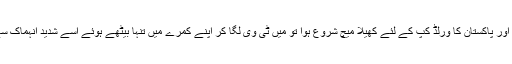
ہوا یہ کہ اتوار کی دوپہر بھارت اور پاکستان کا ورلڈ کپ کے لئے کھیلا میچ شروع ہوا تو میں ٹی وی لگا کر اپنے کمرے میں تنہا بیٹھے ہوئے اسے شدید انہماک سے دیکھنے میں مصروف ہو گیا۔